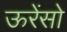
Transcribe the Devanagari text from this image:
ऊरेंसो